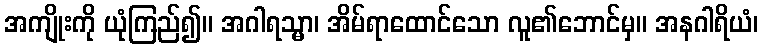
အကျိုးကို ယုံကြည်၍။ အဂါရသ္မာ၊ အိမ်ရာထောင်သော လူ၏ဘောင်မှ။ အနဂါရိယံ၊